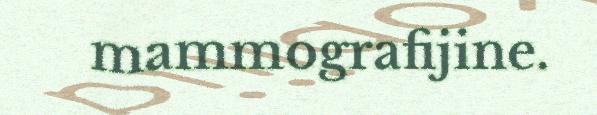
mammografijine.